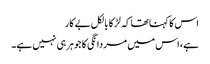
اس کا کہنا تھا کہ لڑکا بالکل بے کار
ہے، اس میں مردانگی کا جوہر ہی نہیں ہے۔